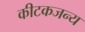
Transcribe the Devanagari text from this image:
कीटकजन्य